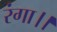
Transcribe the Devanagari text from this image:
रंगा।।